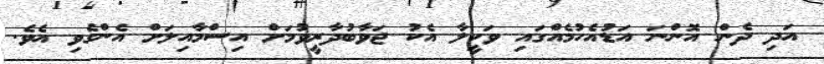
އަދި ދެން އޮންނަ އަޑުއެހުމެއްގައި ވަކީލާ އެކު ޖަވާބުދާރީވުމަށް އިސްމާއިލަށް އެންގެވި އެވެ.